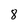
Character: 8